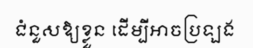
ជំនួសឱ្យខ្លួន ដើម្បីអាចប្រឡង